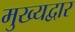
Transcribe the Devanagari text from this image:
मुख्‍यद्वार